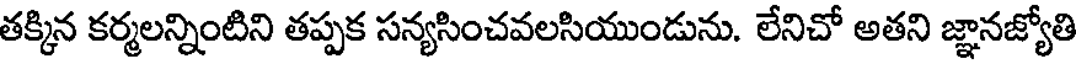
తక్కిన కర్మలన్నింటిని తప్పక సన్యసించవలసియుండును. లేనిచో అతని జ్ఞానజ్యోతి